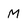
Character: M